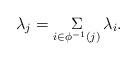
LaTeX: \begin{align*} \lambda_j=\underset{i\in \phi^{-1}(j)}\Sigma\, \lambda_i.\end{align*}